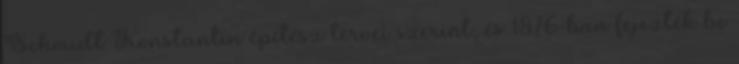
Schmidt Konstantin építész tervei szerint, és 1876-ban fejezték be